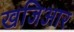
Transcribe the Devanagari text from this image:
खजिआर